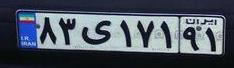
۸۳ی۱۷۱۹۱